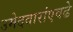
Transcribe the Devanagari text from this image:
उमेदवारांएवढे